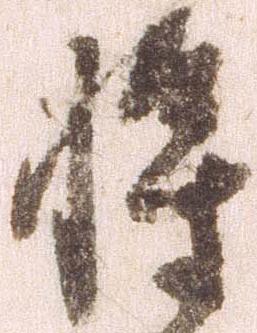
将